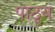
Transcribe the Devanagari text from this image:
पाठ्‌य